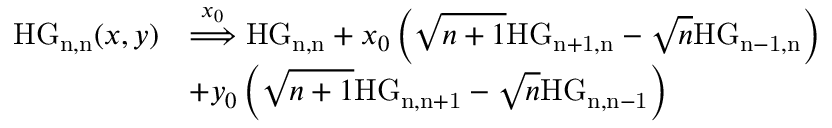
\begin{array} { r l } { \mathrm { H G _ { n , n } } ( x , y ) } & { \overset { x _ { 0 } } { \Longrightarrow } \mathrm { H G _ { n , n } } + x _ { 0 } \left( \sqrt { n + 1 } \mathrm { H G _ { n + 1 , n } } - \sqrt { n } \mathrm { H G _ { n - 1 , n } } \right) } \\ & { + y _ { 0 } \left( \sqrt { n + 1 } \mathrm { H G _ { n , n + 1 } } - \sqrt { n } \mathrm { H G _ { n , n - 1 } } \right) } \end{array}